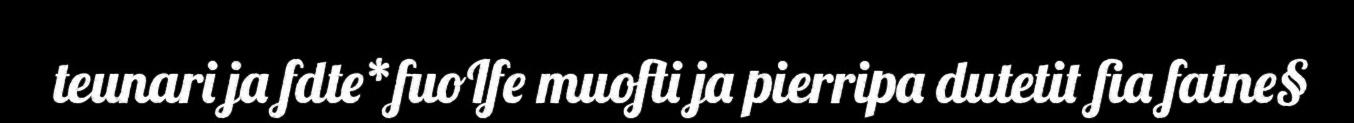
teunari ja fdte*fuoIfe muofti ja pierripa dutetit fia fatne§